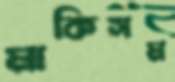
মাকিসম